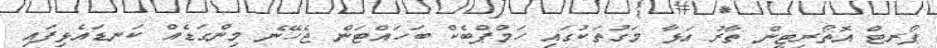
ޕޯރޓް އޮތޯރިޓީން ތާރު އަޅާ މަގުތަކުގައި ހަމްޕްބެކް ބަހައްޓަން ޖެހޭނެ މިންގަޑެއް ކަނޑައެޅިފައި